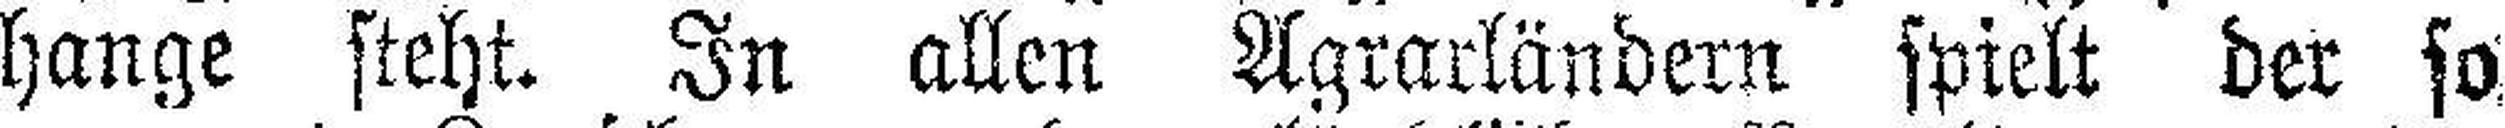
hange steht. In allen Agrarländern spielt der so